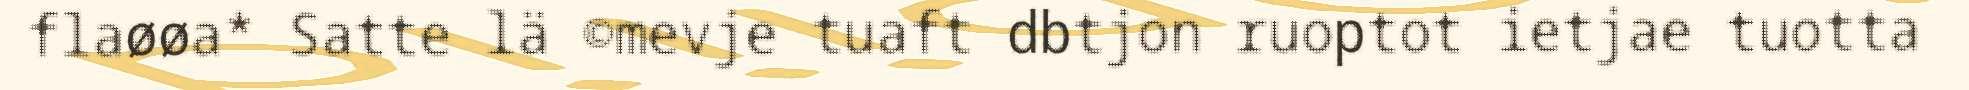
flaøøa* Satte lä ©mevje tuaft dbtjon ruoptot ietjae tuotta